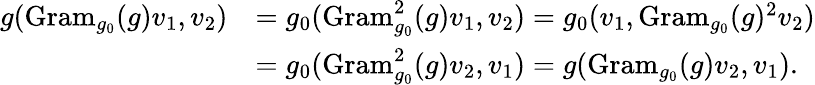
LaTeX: \begin{array}{rl}{g(\mathrm{Gram}_{g_{0}}(g)v_{1},v_{2})}&{=g_{0}(\mathrm{Gram}_{g_{0}}^{2}(g)v_{1},v_{2})=g_{0}(v_{1},\mathrm{Gram}_{g_{0}}(g)^{2}v_{2})}\\ &{=g_{0}(\mathrm{Gram}_{g_{0}}^{2}(g)v_{2},v_{1})=g(\mathrm{Gram}_{g_{0}}(g)v_{2},v_{1}).}\end{array}